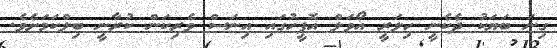
ގިނަ ބަޔަކު ދެކެނީ ހިލަރީ އޯވަލް އޮފީހުގައި އިނަސް ވެރިކަން ކުރާނީ ބިލްކަމަށެވެ.